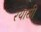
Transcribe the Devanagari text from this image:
रयासी